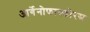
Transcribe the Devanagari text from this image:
आर्गेनोफास्फोरस